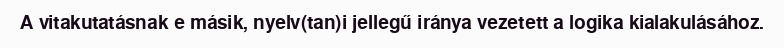
A vitakutatásnak e másik, nyelv(tan)i jellegű iránya vezetett a logika kialakulásához.